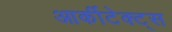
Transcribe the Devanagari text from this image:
आर्कीटेक्ट्स